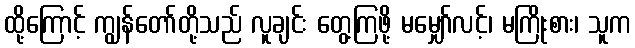
ထို့ကြောင့် ကျွန်တော်တို့သည် လူချင်း တွေ့ကြဖို့ မမျှော်လင့်၊ မကြိုးစား၊ သူက